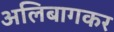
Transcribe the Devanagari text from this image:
अलिबागकर